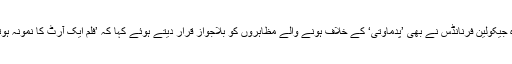
علاوہ ازیں ڈی این اے کی ایک اور خبر کے مطابق اداکارہ جیکولین فرنانڈس نے بھی ’پدماوتی‘ کے خلاف ہونے والے مظاہروں کو بلاجواز قرار دیتے ہوئے کہا کہ ’فلم ایک آرٹ کا نمونہ ہوتی ہے، اور ہر کسی کو اظہار رائے کی آزادی حاصل ہے۔